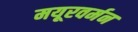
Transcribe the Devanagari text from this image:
मयूरवर्मन